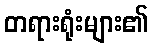
တရားရုံးများ၏